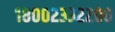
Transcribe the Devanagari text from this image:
१८००२३३२२००